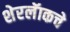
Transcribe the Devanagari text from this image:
शेरलॅाकचे